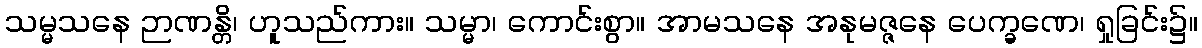
သမ္မသနေ ဉာဏန္တိ၊ ဟူသည်ကား။ သမ္မာ၊ ကောင်းစွာ။ အာမသနေ အနုမဇ္ဇနေ ပေက္ခဏေ၊ ရှုခြင်း၌။